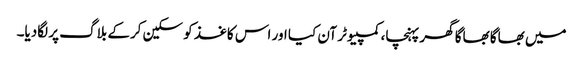
میں بھاگا بھاگا گھر پہنچا، کمپیوٹر آن کیا اور اس کاغذ کو سکین کرکے بلاگ پر لگادیا۔